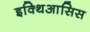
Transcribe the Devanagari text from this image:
इक्थिआसिस